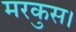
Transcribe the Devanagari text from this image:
मरकुस।